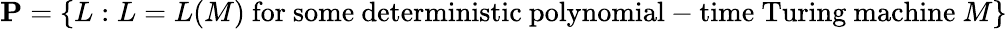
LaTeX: \mathbf{P}=\{ L:L=L(M){\mathrm{~for~some~deterministic~polynomial-time~Turing~machine~}}M\}